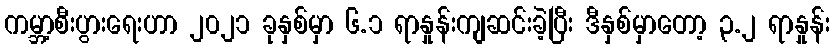
ကမ္ဘာ့စီးပွားရေးဟာ ၂၀၂၁ ခုနှစ်မှာ ၆.၁ ရာနှုန်းကျဆင်းခဲ့ပြီး ဒီနှစ်မှာတော့ ၃.၂ ရာနှုန်း